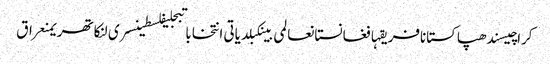
کراچیسندھپاکستانافریقہافغانستانعالمی بینکبلدیاتی انتخاباتبجلیفلسطینسری لنکاتھریمنعراق